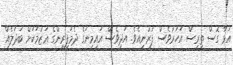
އަޅާ ގޮސް ތިރީސް އަހަރުވެސް ފުރުނީއެވެ. އަދިވެސް އައިމިނަގެ ދެމަފިިރިންގެ ޢަޒުމަކަށް ބަދަލެއް